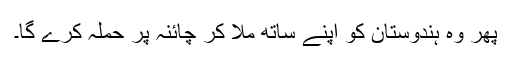
پھر وہ ہندوستان کو اپنے ساتھ ملا کر چائنہ پر حملہ کرے گا۔